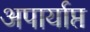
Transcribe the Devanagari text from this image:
अपार्याप्त